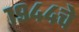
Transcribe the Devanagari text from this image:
१९४४चे